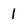
Character: 1